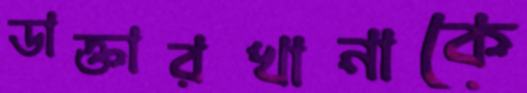
ডাক্তারখানাকে